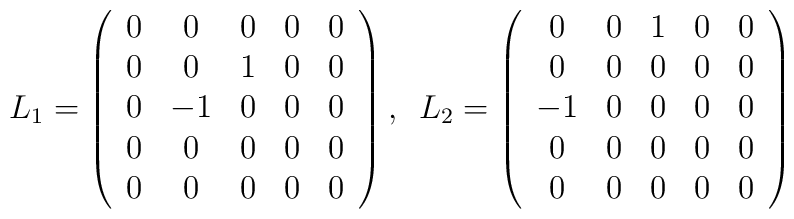
L_1=\left( \begin{array}{ccccc}0 & 0 & 0 & 0 & 0 \\ 0 & 0 & 1 & 0 & 0 \\ 0 & -1 & 0 & 0 & 0 \\ 0 & 0 & 0 & 0 & 0 \\ 0 & 0 & 0 & 0 & 0\end{array}\right) ,\,\,\,L_2=\left( \begin{array}{ccccc}0 & 0 & 1 & 0 & 0 \\ 0 & 0 & 0 & 0 & 0 \\ -1 & 0 & 0 & 0 & 0 \\ 0 & 0 & 0 & 0 & 0 \\ 0 & 0 & 0 & 0 & 0\end{array}\right)